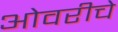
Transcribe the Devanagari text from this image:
ओवरीचे